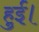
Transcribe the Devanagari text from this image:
हुई़ं।